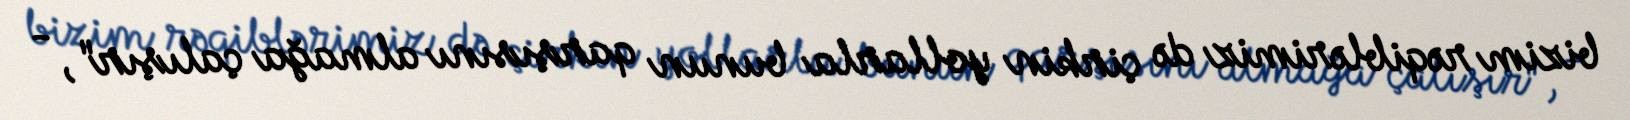
bizim rəqiblərimiz də çirkin yollarla bunun qarşısını almağa çalışır", -